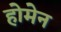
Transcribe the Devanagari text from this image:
होमेन